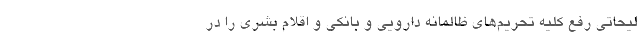
لیحاتی رفع کلیه تحریم‌های ظالمانه دارویی و بانکی و اقلام بشری را در